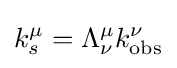
k_{s}^{\mu }=\Lambda _{\nu }^{\mu }k_{\mathrm {obs} }^{\nu }